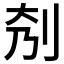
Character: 𠛘